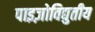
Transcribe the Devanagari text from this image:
पाइज़ोविद्युतीय